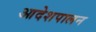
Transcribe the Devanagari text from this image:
आदेशपालन